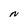
Character: N